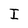
Character: I